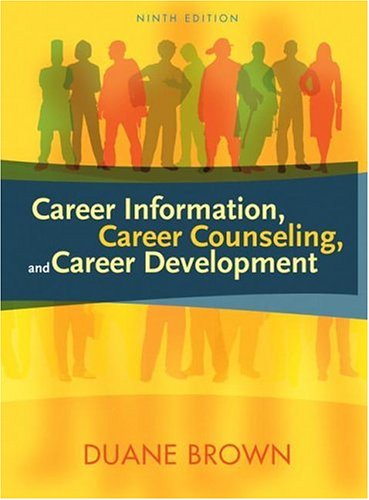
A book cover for Career Information, Career Counseling, and Career Development (9th Edition); Duane Brown; Business & Money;